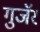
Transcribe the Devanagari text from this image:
गुजॅर